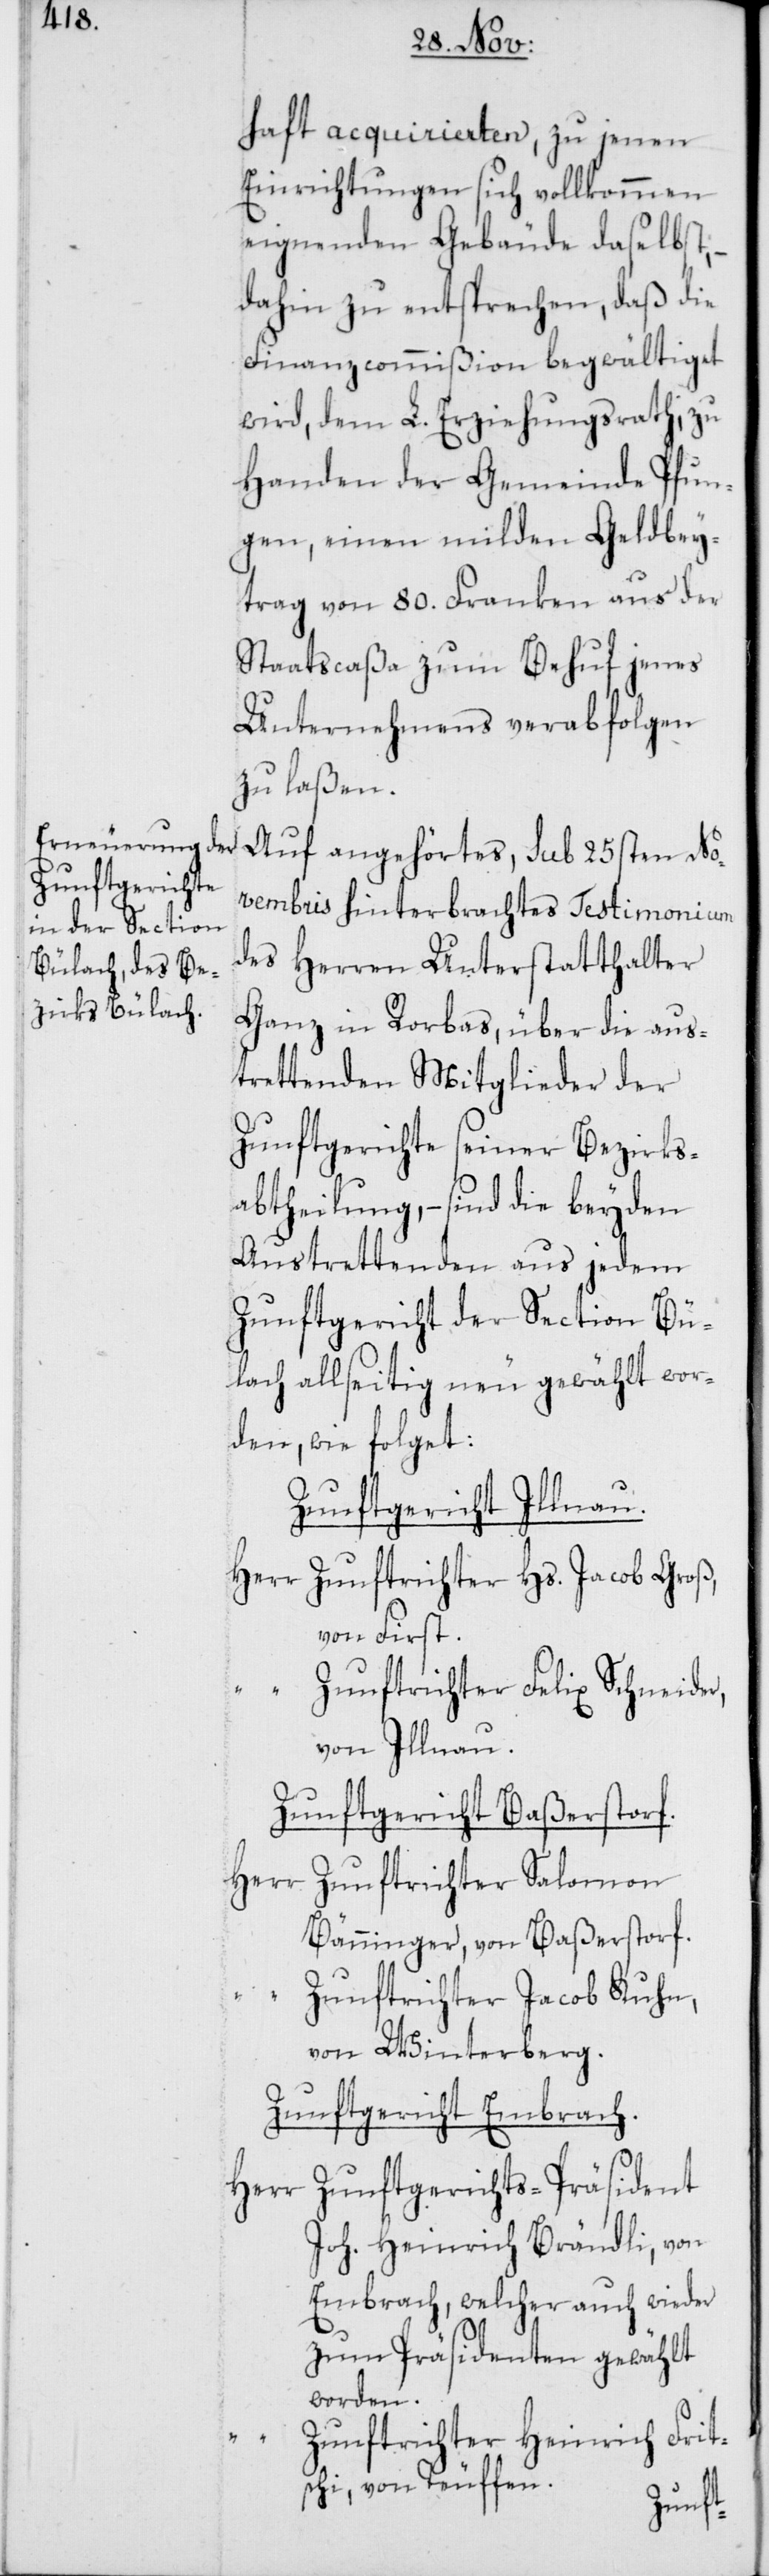
haft acquirierten, zu jenen
Einrichtungen sich vollkommen
eignenden Gebäude daselbst;
dahin zu entsprechen, daß die
Finanzcommißion begwältiget
wird, dem L. Erziehungsrath, zu
Handen der Gemeinde Pfun¬
gen, einen milden Geldbey¬
trag von 80. Franken aus der
Staatscaßa zum Behuf jenes
Unternehmens verabfolgen
zu laßen.
Auf angehörtes, sub 25sten No¬
vembris hinterbrachtes Testimonium
des Herren Unterstatthalter
Ganz in Rorbas, über die aus¬
trettenden Mitglieder der
Zunftgerichte seiner Bezirks¬
abtheilung, – sind die beyden
Austrettenden aus jedem
Zunftgericht der Section Bü¬
lach allseitig neu gewählt wor¬
den, wie folget:
Zunftgericht Illnau.
Herr Zunftrichter Hs. Jacob Groß,
von First.
“ Zunftrichter Feilx Schneider,
von Illnau.
Zunftgericht Baßerstorf.
Herr Zunftrichter Salomon
Bänninger, von Baßerstorf.
“ Zunftrichter Jacob Kuhn,
von Winterberg.
Zunftgericht Embrach.
Zunftgerichts-Präsident
Herr
Joh. Heinrich Brändli, von
Embrach, welcher auch wieder
Präsidenten gewählt
worden.
Zunftrichter Heinrich Frit¬
schi, von Teuffen.